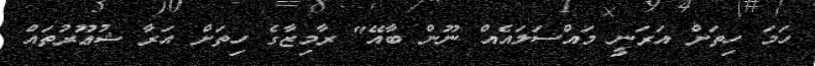
ހަމަ ހިތަށް އަރަނީ މައްސަލައެއް ނޫން ބާއޭ" ރާމިޒާގެ ހިތަށް އަރާ ޝުޢޫރުތައް